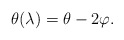
\begin{align*} \theta(\lambda)=\theta-2 \varphi.\end{align*}